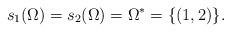
LaTeX: \begin{align*}s_1(\Omega) = s_2(\Omega) = \Omega^* = \{(1,2)\}.\end{align*}